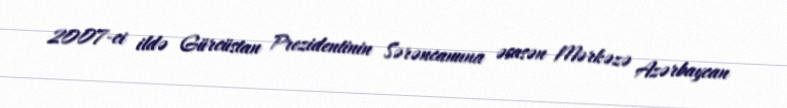
2007-ci ildə Gürcüstan Prezidentinin Sərəncamına əsasən Mərkəzə Azərbaycan